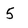
Character: 5